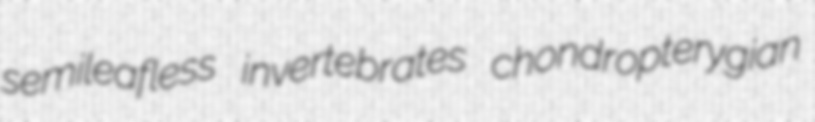
semileafless invertebrates chondropterygian